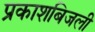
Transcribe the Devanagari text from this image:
प्रकाशबिजली